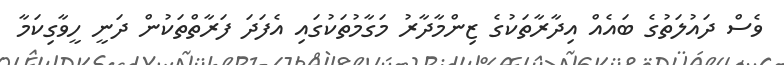
ވެސް ދައުލަތުގެ ބައެއް އިދާރާތަކުގެ ޒިންމާދާރު މަގާމުތަކުގައި އެފަދަ ފަރާތްތަކުން ދަނީ ހީވާގިކަމާ